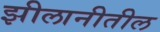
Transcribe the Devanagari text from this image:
झीलानीतील